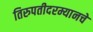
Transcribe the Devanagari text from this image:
तिरुपतीदरम्यानचे